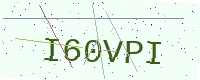
Text: I60VPI